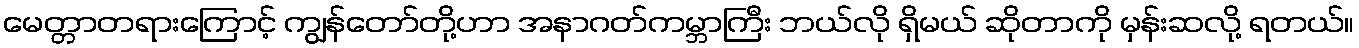
မေတ္တာတရားကြောင့် ကျွန်တော်တို့ဟာ အနာဂတ်ကမ္ဘာကြီး ဘယ်လို ရှိမယ် ဆိုတာကို မှန်းဆလို့ ရတယ်။